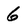
Character: 6